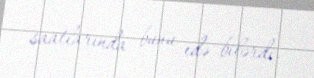
saatlarında bunu edə bilərdi.